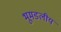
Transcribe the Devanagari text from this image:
भूमडलीय